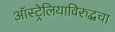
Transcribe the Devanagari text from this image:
ऑस्ट्रेलियाविरुद्धचा